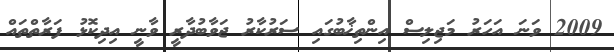
2009 ވަނަ އަހަރު މަޖިލިސް އިންތިޚާބުގައި ސަރުކާރު ޖަވާބުދާރީ ވާނީ އިދިކޮޅު ފަރާތްތައް